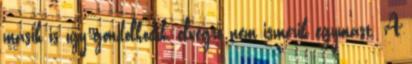
másik is így gondolkodik, elvégre nem ismerik egymást. A